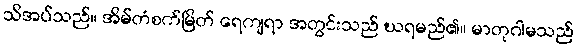
သိအပ်သည်။ အိမ်တံစက်မြိတ် ရေကျရာ အတွင်းသည် ဃရမည်၏။ မာတုဂါမသည်